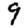
Digit: 9